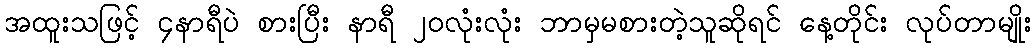
အထူးသဖြင့် ၄နာရီပဲ စားပြီး နာရီ ၂၀လုံးလုံး ဘာမှမစားတဲ့သူဆိုရင် နေ့တိုင်း လုပ်တာမျိုး